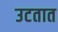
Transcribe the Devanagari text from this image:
उटतात